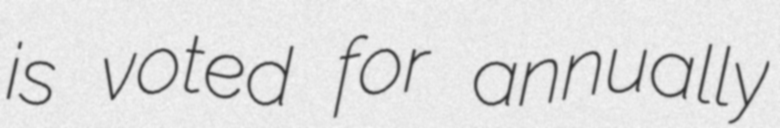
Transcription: is voted for annually